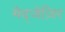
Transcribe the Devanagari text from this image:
मेद्जेज़िर